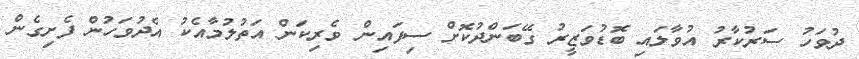
ދުވަހު ސަރުކާރު އުވާލައި ބޮޑުވަޒީރު ގޭބަންދުކޮށް ސިފައިން ވެރިކަން އަތުލުމާއެކު އެދުވަހުން ފެށިގެން